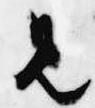
見